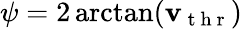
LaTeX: \psi=2\arctan(\mathbf{v}_{\mathrm{{~t~h~r~}}})